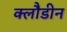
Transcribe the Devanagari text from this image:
क्लौडीन